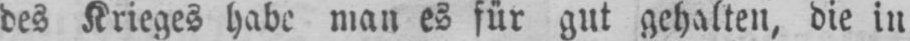
des Krieges habe man es für gut gehalten, die in